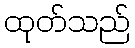
ထုတ်သည်